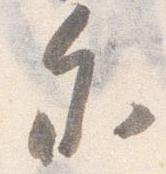
参